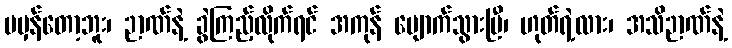
မမှန်တော့ဘူး၊ ဉာဏ်နဲ့ ခွဲကြည့်လိုက်ရင် အကုန် ပျောက်သွားပြီ၊ ဟုတ်ရဲ့လား၊ အသိဉာဏ်နဲ့